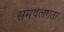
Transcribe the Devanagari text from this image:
समयलगता